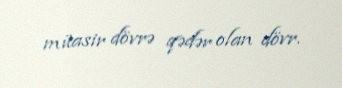
müasir dövrə qədər olan dövr.